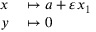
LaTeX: \begin{array} { r l } { x } & { { } \mapsto a + \varepsilon x _ { 1 } } \\ { y } & { { } \mapsto 0 } \end{array}